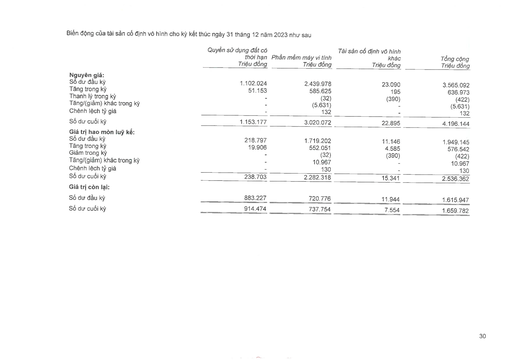
||Quyền sử dụng đất có thời hạn Triệu đồng|Phần mềm máy vi tính Triệu đồng|Tài sản cố định vô hình khác Triệu đồng|Tổng cộng Triệu đồng| |---|---|---|---|---| |Nguyên giá:||||| |Số dư đầu kỳ|1.102.024|2.439.978|23.090|3.565.092| |Tăng trong kỳ|51.153|585.625|195|636.973| |Thanh lý trong kỳ|-|(32)|(390)|(422)| |Tăng/(giảm) khác trong kỳ|-|(5.631)|-|(5.631)| |Chênh lệch tỷ giá|-|132|-|132| |Số dư cuối kỳ|1.153.177|3.020.072|22.895|4.196.144| |Giá trị hao mòn lũy kế:||||| |Số dư đầu kỳ|218.797|1.719.202|11.146|1.949.145| |Tăng trong kỳ|19.906|552.051|4.585|576.542| |Giảm trong kỳ|-|(32)|(390)|(422)| |Tăng/(giảm) khác trong kỳ|-|10.967|-|10.967| |Chênh lệch tỷ giá|-|130|-|130| |Số dư cuối kỳ|238.703|2.282.318|15.341|2.536.362| |Giá trị còn lại:||||| |Số dư đầu kỳ|883.227|720.776|11.944|1.615.947| |Số dư cuối kỳ|914.474|737.754|7.554|1.659.782| summarize: Báo cáo biến động tài sản cố định vô hình chi tiết theo từng nhóm tài sản, bao gồm nguyên giá, giá trị hao mòn và giá trị còn lại tại ngày 31/12/2023 metadata: {'company': '', 'report_type': 'Báo cáo tài chính', 'report_date': '31/12/2023', 'statement': 'Tài sản cố định vô hình', 'form_name': 'Bảng kê chi tiết TSCĐ', 'period': 'Năm 2023'}